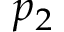
p _ { 2 }